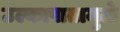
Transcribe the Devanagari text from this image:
उल्कापातामुळे